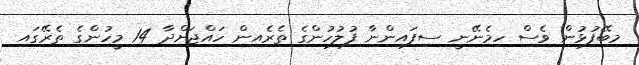
މިބޭފުޅުން ވެސް ހިމެނޭނީ ސިފައިންނާ ފުލުހުންގެ ތެރެއިން ހައްޖަށްދާ 14 މީހުންގެ ތެރޭގައި